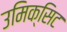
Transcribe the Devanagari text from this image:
उमिक्सिट